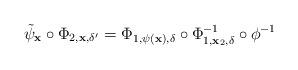
LaTeX: \begin{align*}\tilde{\psi}_{\bf x} \circ \Phi_{2,{\bf x},\delta'} = \Phi_{1,\psi({\bf x}),\delta} \circ \Phi_{1,{\bf x}_2,\delta}^{-1} \circ \phi^{-1}\end{align*}